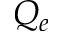
Q _ { e }